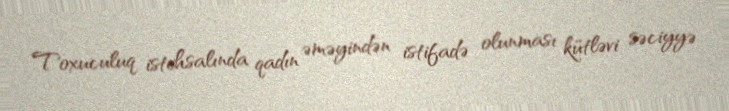
Toxuculuq istehsalında qadın əməyindən istifadə olunması kütləvi səciyyə